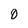
Character: 0